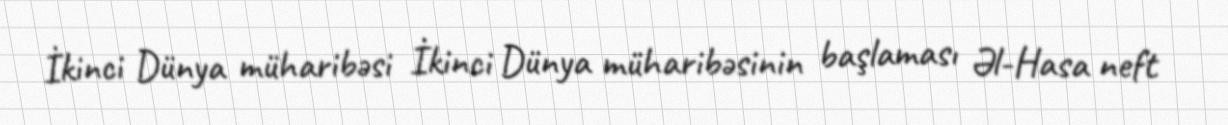
İkinci Dünya müharibəsi İkinci Dünya müharibəsinin başlaması Əl-Hasa neft